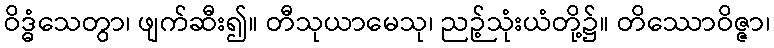
ဝိဒ္ဓံသေတွာ၊ ဖျက်ဆီး၍။ တီသုယာမေသု၊ ညဉ့်သုံးယံတို့၌။ တိဿောဝိဇ္ဇာ၊